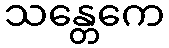
သန္တေကေ